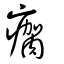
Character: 瘸